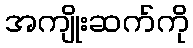
အကျိုးဆက်ကို